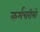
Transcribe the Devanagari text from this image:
कर्मचरीयों